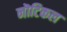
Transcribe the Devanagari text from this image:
नॊटिकल